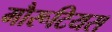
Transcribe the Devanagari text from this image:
मौरूटियस